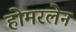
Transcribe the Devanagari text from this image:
होमरलेन